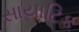
સાયાટિક